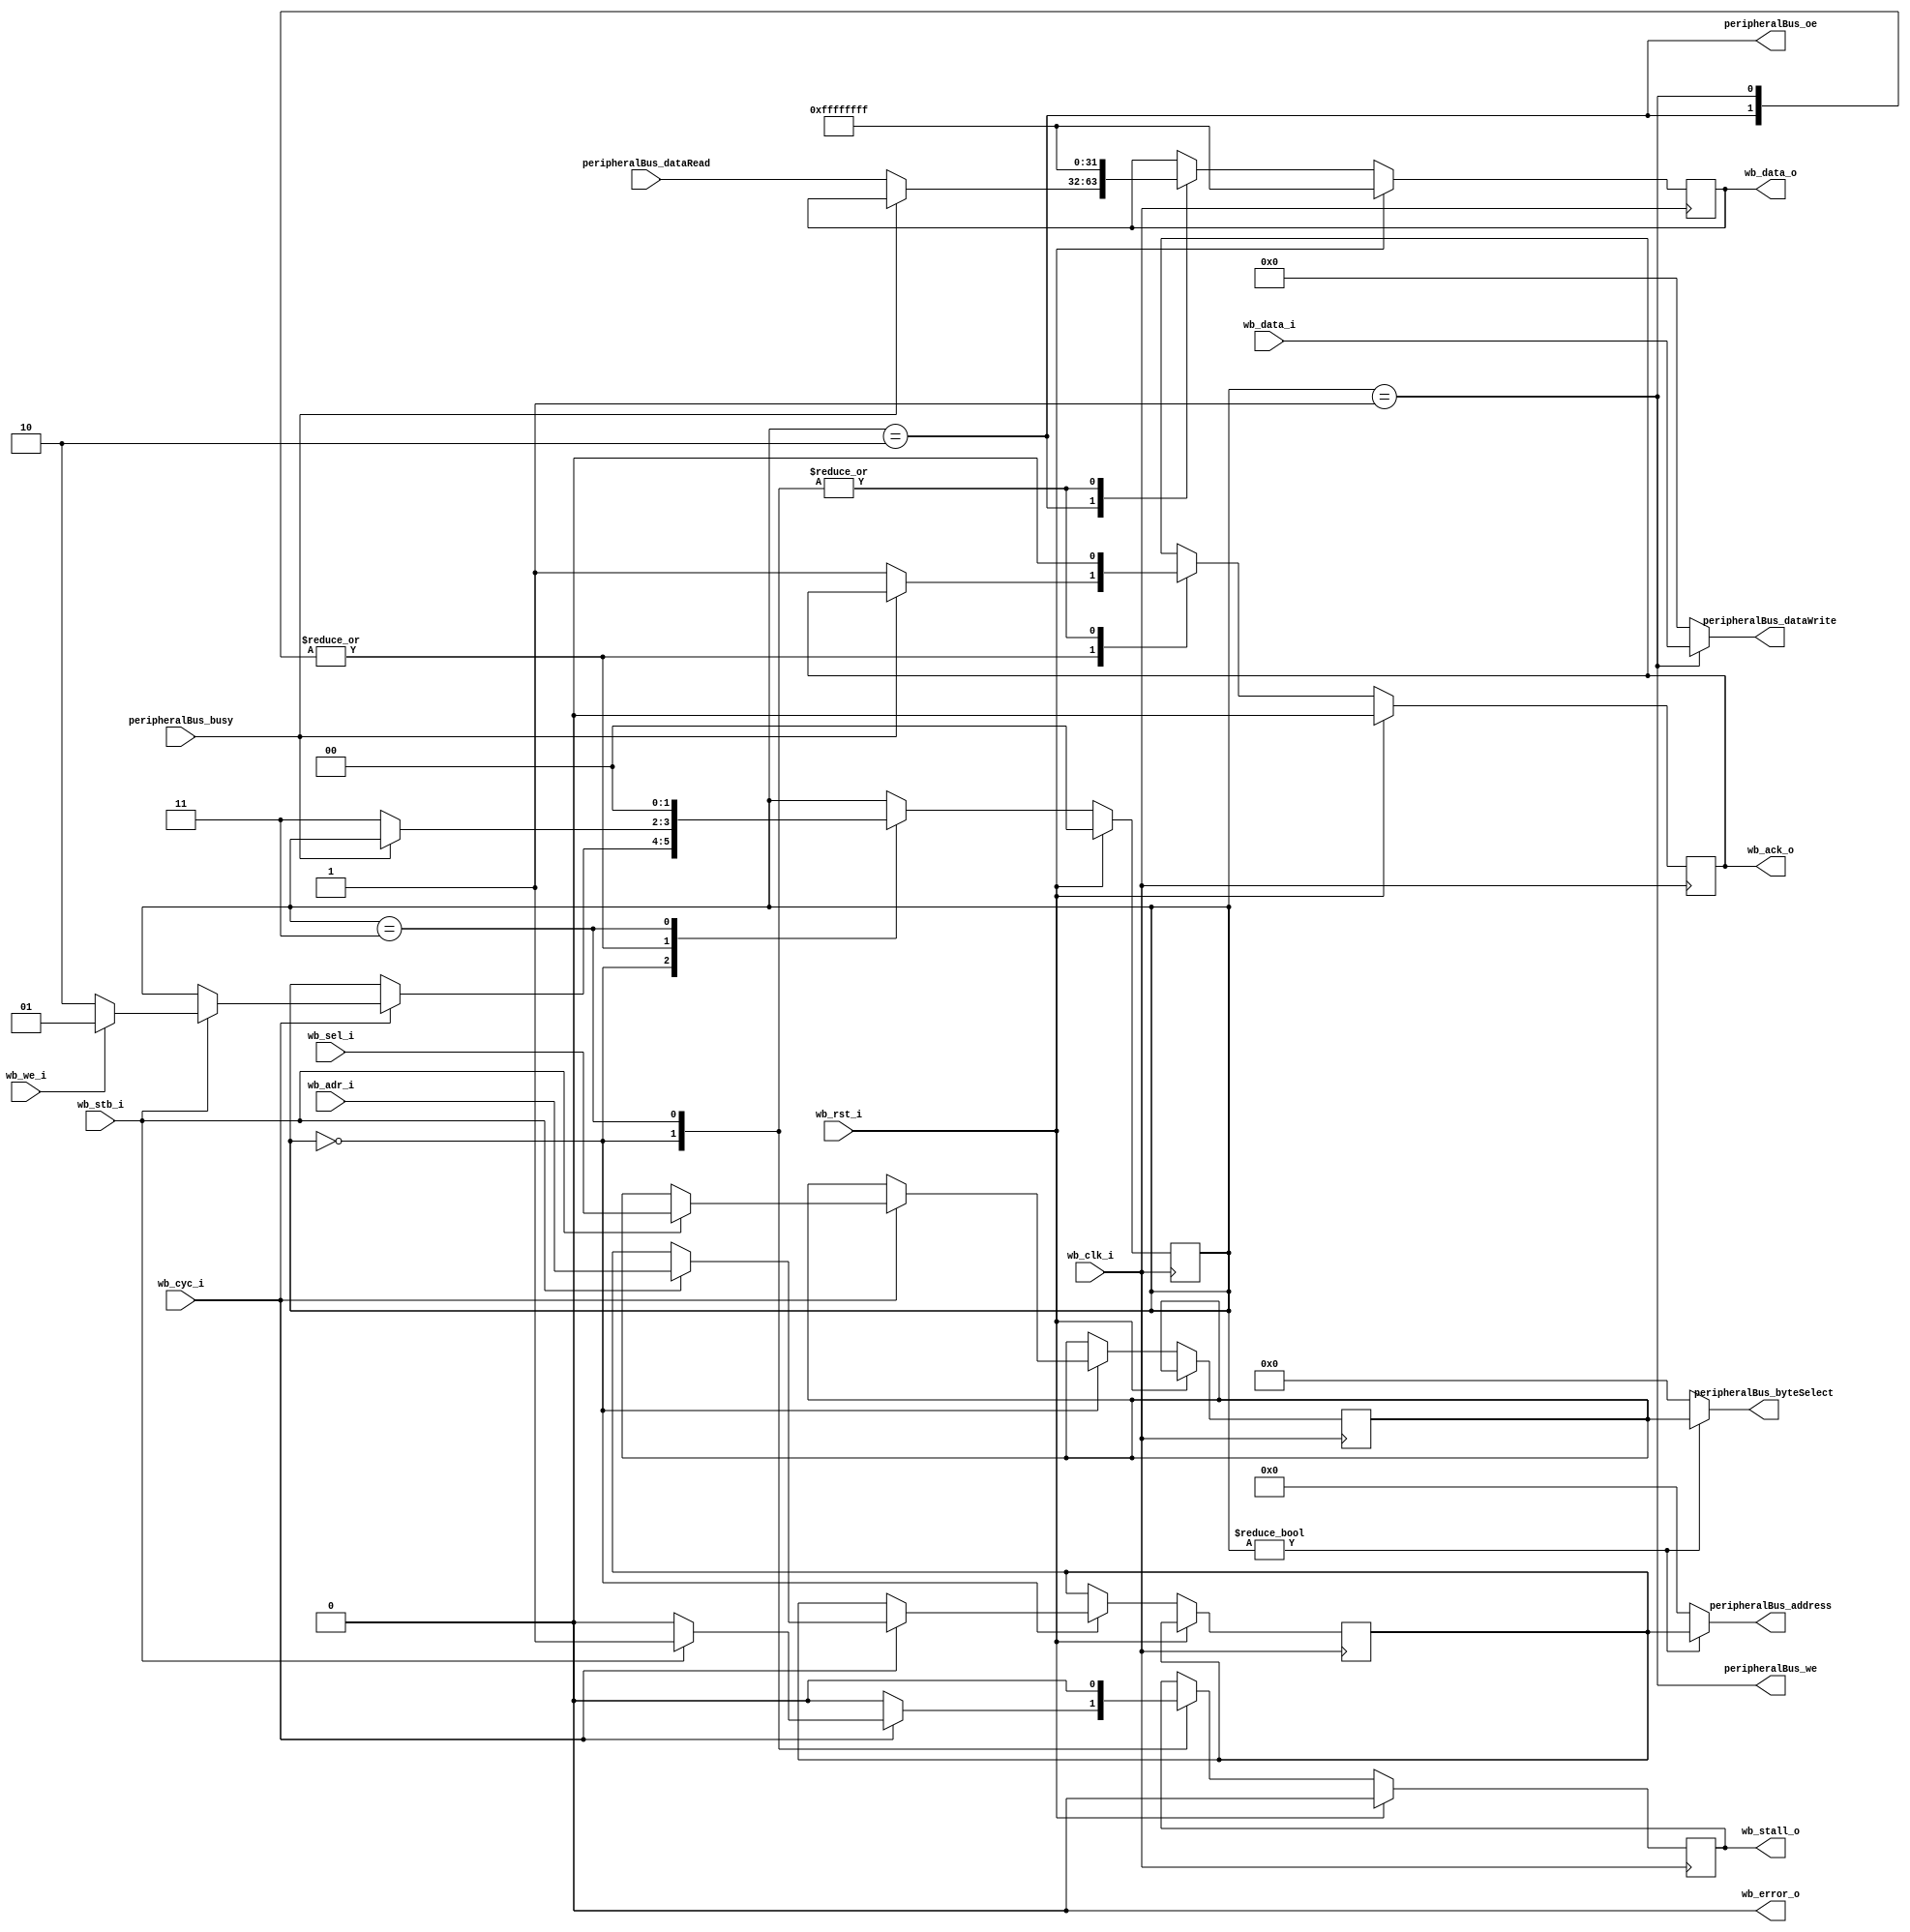
`default_nettype none

module WBPeripheralBusInterface (
`ifdef USE_POWER_PINS
		inout VPWR,
		inout VGND,
`endif

		// Wishbone device ports
		input wire wb_clk_i,
		input wire wb_rst_i,
		input wire wb_stb_i,
		input wire wb_cyc_i,
		input wire wb_we_i,
		input wire[3:0] wb_sel_i,
		input wire[31:0] wb_data_i,
		input wire[23:0] wb_adr_i,
		output wire wb_ack_o,
		output wire wb_stall_o,
		output wire wb_error_o,
		output wire[31:0] wb_data_o,

		// Peripheral Bus
		output wire peripheralBus_we,
		output wire peripheralBus_oe,
		input wire peripheralBus_busy,
		output wire[23:0] peripheralBus_address,
		output wire[3:0] peripheralBus_byteSelect,
		input wire[31:0] peripheralBus_dataRead,
		output wire[31:0] peripheralBus_dataWrite
	);

	localparam STATE_IDLE  		  = 2'h0;
	localparam STATE_WRITE_SINGLE = 2'h1;
	localparam STATE_READ_SINGLE  = 2'h2;
	localparam STATE_FINISH 	  = 2'h3;

	reg[1:0] state = STATE_IDLE;
	reg[23:0] currentAddress;
	reg[3:0] currentByteSelect;

	reg stall = 1'b0;
	reg acknowledge = 1'b0;
	reg[31:0] dataRead_buffered;

	always @(posedge wb_clk_i) begin
		if (wb_rst_i) begin
			state <= STATE_IDLE;
			stall <= 1'b0;
			acknowledge <= 1'b0;
			dataRead_buffered <= ~32'b0;
		end else begin
			case (state)
				STATE_IDLE: begin
					stall <= 1'b0;
					acknowledge <= 1'b0;
					dataRead_buffered <= ~32'b0;

					if (wb_cyc_i) begin
						if (wb_stb_i) begin
							currentAddress <= wb_adr_i;
							currentByteSelect <= wb_sel_i;
							stall <= 1'b1;

							if (wb_we_i) begin
								state <= STATE_WRITE_SINGLE;
							end else begin
								state <= STATE_READ_SINGLE;
							end
						end
					end
				end

				STATE_WRITE_SINGLE: begin
					if (!peripheralBus_busy) begin
						state <= STATE_FINISH;
						acknowledge <= 1'b1;
					end
				end

				STATE_READ_SINGLE: begin
					if (!peripheralBus_busy) begin
						state <= STATE_FINISH;
						acknowledge <= 1'b1;
						dataRead_buffered <= peripheralBus_dataRead;
					end
				end

				STATE_FINISH: begin
					state <= STATE_IDLE;
					stall <= 1'b0;
					acknowledge <= 1'b0;
					dataRead_buffered <= ~32'b0;
				end

				default: begin
					state <= STATE_IDLE;
					stall <= 1'b0;
					acknowledge <= 1'b0;
				end
			endcase
		end
	end

	// Connect wishbone bus signals
	assign wb_ack_o = acknowledge;
	assign wb_stall_o = stall;
	assign wb_error_o = 1'b0;

	// Connect peripheral bus signals
	assign peripheralBus_we = state == STATE_WRITE_SINGLE;
	assign peripheralBus_oe = state == STATE_READ_SINGLE;

	assign peripheralBus_address = state != STATE_IDLE ? currentAddress : 24'b0;
	assign peripheralBus_byteSelect = state != STATE_IDLE ? currentByteSelect : 4'b0;

	assign wb_data_o = dataRead_buffered;
	assign peripheralBus_dataWrite = state == STATE_WRITE_SINGLE ? wb_data_i : 32'b0;

endmodule